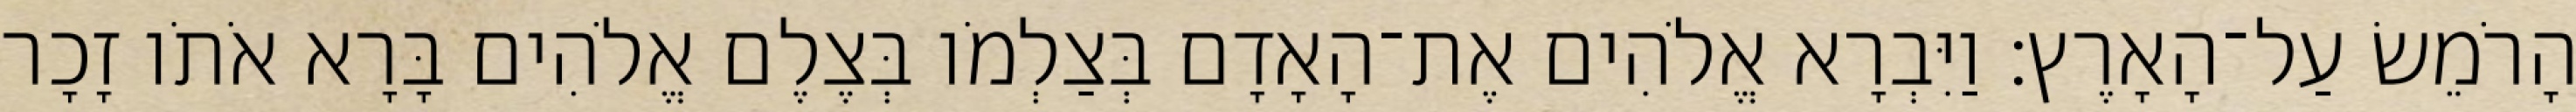
הָרֹמֵשׂ עַל־הָאָרֶץ׃ וַיִּבְרָא אֱלֹהִים אֶת־הָאָדָם בְּצַלְמֹו בְּצֶלֶם אֱלֹהִים בָּרָא אֹתֹו זָכָר